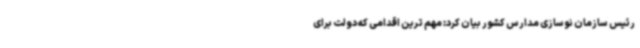
رئیس سازمان نوسازی مدارس کشور بیان کرد: مهم ترین اقدامی که دولت برای